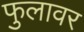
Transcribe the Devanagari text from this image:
फुलावर